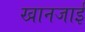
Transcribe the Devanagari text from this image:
खानजाई